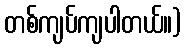
တစ်ကျပ်ကျပါတယ်။)